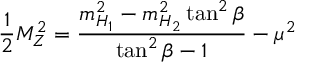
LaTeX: \frac { 1 } { 2 } M _ { Z } ^ { 2 } = \frac { m _ { H _ { 1 } } ^ { 2 } - m _ { H _ { 2 } } ^ { 2 } \tan ^ { 2 } \beta } { \tan ^ { 2 } \beta - 1 } - \mu ^ { 2 }